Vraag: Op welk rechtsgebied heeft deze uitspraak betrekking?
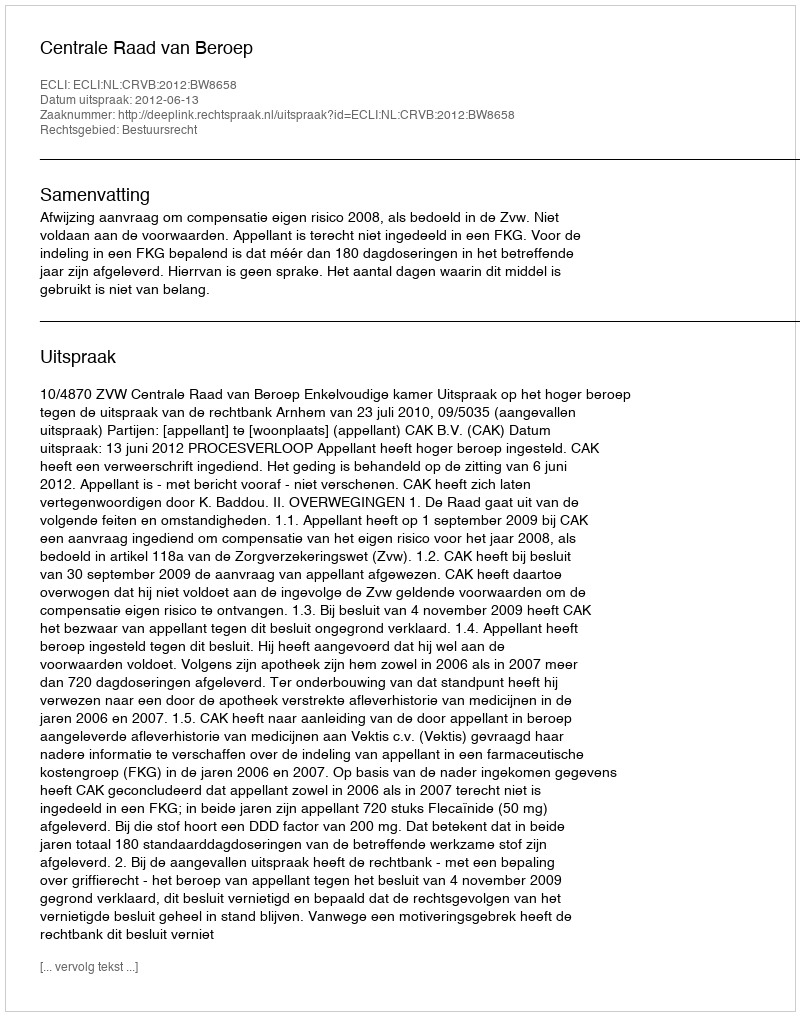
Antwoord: Bestuursrecht